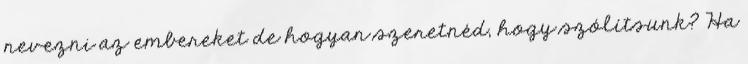
nevezni az embereket de hogyan szeretnéd, hogy szólítsunk? Ha